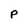
Character: P